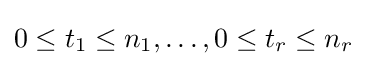
0\leq t_{1}\leq n_{1},\dots ,0\leq t_{r}\leq n_{r}